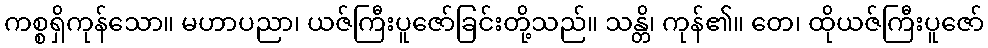
ကစ္စရှိကုန်သော။ မဟာပညာ၊ ယဇ်ကြီးပူဇော်ခြင်းတို့သည်။ သန္တိ၊ ကုန်၏။ တေ၊ ထိုယဇ်ကြီးပူဇော်